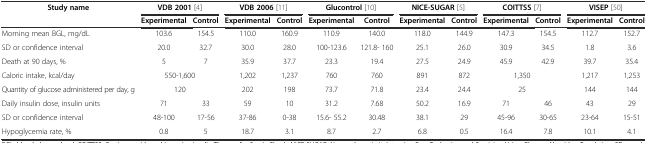
<table><thead><tr><td><b>Study name</b></td><td colspan="2"><b>VDB 2001[4]</b></td><td colspan="2"><b>VDB 2006[11]</b></td><td colspan="2"><b>Glucontrol[10]</b></td><td colspan="2"><b>NICE-SUGAR[5]</b></td><td colspan="2"><b>COITTSS[7]</b></td><td colspan="2"><b>VISEP[50]</b></td></tr><tr><td></td><td><b>Experimental</b></td><td><b>Control</b></td><td><b>Experimental</b></td><td><b>Control</b></td><td><b>Experimental</b></td><td><b>Control</b></td><td><b>Experimental</b></td><td><b>Control</b></td><td><b>Experimental</b></td><td><b>Control</b></td><td><b>Experimental</b></td><td><b>Control</b></td></tr></thead><tbody><tr><td>Morning mean BGL, mg/dL</td><td>103.6</td><td>154.5</td><td>110.0</td><td>160.9</td><td>110.9</td><td>140.0</td><td>118.0</td><td>144.9</td><td>147.3</td><td>154.5</td><td>112.7</td><td>152.7</td></tr><tr><td>SD or confidence interval</td><td>20.0</td><td>32.7</td><td>30.0</td><td>28.0</td><td>100-123.6</td><td>121.8- 160</td><td>25.1</td><td>26.0</td><td>30.9</td><td>34.5</td><td>1.8</td><td>3.6</td></tr><tr><td>Death at 90 days, %</td><td>5</td><td>7</td><td>35.9</td><td>37.7</td><td>23.3</td><td>19.4</td><td>27.5</td><td>24.9</td><td>45.9</td><td>42.9</td><td>39.7</td><td>35.4</td></tr><tr><td>Caloric intake, kcal/day</td><td colspan="2">550-1,600</td><td>1,202</td><td>1,237</td><td>760</td><td>760</td><td>891</td><td>872</td><td colspan="2">1,350</td><td>1,217</td><td>1,253</td></tr><tr><td>Quantity of glucose administered per day, g</td><td colspan="2">120</td><td>202</td><td>198</td><td>73.7</td><td>71.8</td><td>23.4</td><td>24.4</td><td colspan="2">25</td><td>144</td><td>144</td></tr><tr><td>Daily insulin dose, insulin units</td><td>71</td><td>33</td><td>59</td><td>10</td><td>31.2</td><td>7.68</td><td>50.2</td><td>16.9</td><td>71</td><td>46</td><td>43</td><td>29</td></tr><tr><td>SD or confidence interval</td><td>48-100</td><td>17-56</td><td>37-86</td><td>0-38</td><td>15.6- 55.2</td><td>30.48</td><td>38.1</td><td>29</td><td>45-96</td><td>30-65</td><td>23-64</td><td>15-51</td></tr><tr><td>Hypoglycemia rate, %</td><td>0.8</td><td>5</td><td>18.7</td><td>3.1</td><td>8.7</td><td>2.7</td><td>6.8</td><td>0.5</td><td>16.4</td><td>7.8</td><td>10.1</td><td>4.1</td></tr></tbody></table>